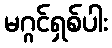
မဂ္ဂင်ရှစ်ပါး